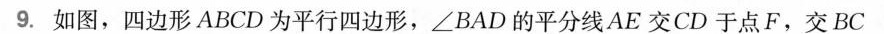
9.如图，四边形ABCD为平行四边形，∠BAD的平分线AE交CD于点F，交BC